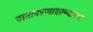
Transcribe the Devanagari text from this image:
वातावरणादरम्यानच